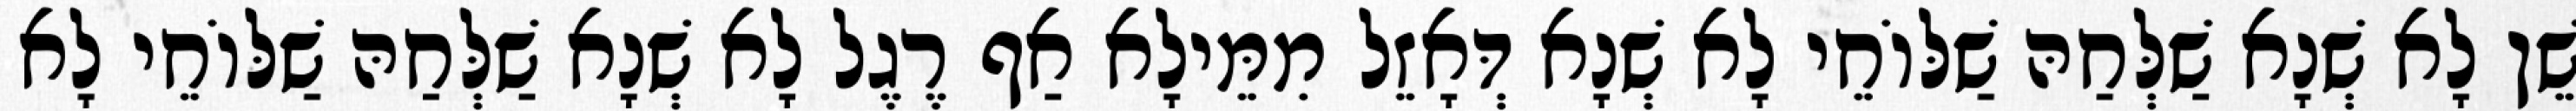
שֵׁן לָא שְׁנָא שַׁלְּחַהּ שַׁלּוֹחֵי לָא שְׁנָא דְּאָזֵל מִמֵּילָא אַף רֶגֶל לָא שְׁנָא שַׁלְּחַהּ שַׁלּוֹחֵי לָא